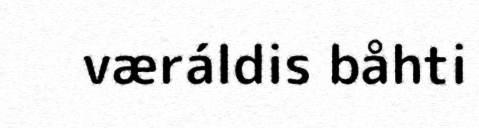
væráldis båhti